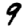
Digit: 9